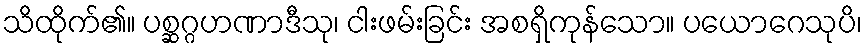
သိထိုက်၏။ ပစ္ဆဂ္ဂဟဏာဒီသု၊ ငါးဖမ်းခြင်း အစရှိကုန်သော။ ပယောဂေသုပိ၊